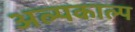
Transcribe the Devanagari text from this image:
अल्पकाल्प